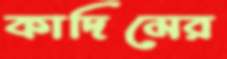
কাদিমের